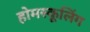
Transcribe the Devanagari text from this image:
होमस्कूलिंग